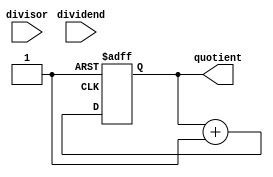
module shift_and_subtract_divider (
    input wire [31:0] dividend,
    input wire [31:0] divisor,
    output wire [31:0] quotient
);

reg [31:0] partial_remainder;
reg [31:0] shift_amount;
reg [31:0] sub_result;

always @ (posedge clk or negedge reset) begin
    if (!reset) begin
        partial_remainder <= 32'd0;
        shift_amount <= 32'd0;
    end else begin
        shift_amount <= shift_amount + 1;
        if (shift_amount < 32'd32) begin
            partial_remainder <= {partial_remainder[30:0], dividend[31]};
            if (partial_remainder >= divisor) begin
                partial_remainder <= partial_remainder - divisor;
                sub_result <= 1;
            end else begin
                sub_result <= 0;
            end
        end
    end
end

always @ (*) begin
    quotient = shift_amount;
end

endmodule